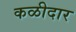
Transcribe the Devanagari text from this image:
कळीदार